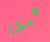
جيشا